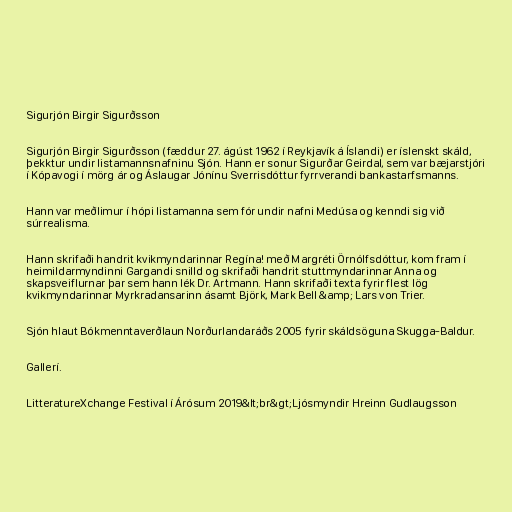
Sigurjón Birgir Sigurðsson

Sigurjón Birgir Sigurðsson (fæddur 27. ágúst 1962 í Reykjavík á Íslandi) er íslenskt skáld,
þekktur undir listamannsnafninu Sjón. Hann er sonur Sigurðar Geirdal, sem var bæjarstjóri
í Kópavogi í mörg ár og Áslaugar Jónínu Sverrisdóttur fyrrverandi bankastarfsmanns.

Hann var meðlimur í hópi listamanna sem fór undir nafni Medúsa og kenndi sig við
súrrealisma.

Hann skrifaði handrit kvikmyndarinnar Regína! með Margréti Örnólfsdóttur, kom fram í
heimildarmyndinni Gargandi snilld og skrifaði handrit stuttmyndarinnar Anna og
skapsveiflurnar þar sem hann lék Dr. Artmann. Hann skrifaði texta fyrir flest lög
kvikmyndarinnar Myrkradansarinn ásamt Björk, Mark Bell &amp; Lars von Trier.

Sjón hlaut Bókmenntaverðlaun Norðurlandaráðs 2005 fyrir skáldsöguna Skugga-Baldur.

Gallerí.

LitteratureXchange Festival í Árósum 2019&lt;br&gt;Ljósmyndir Hreinn Gudlaugsson